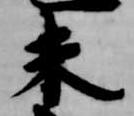
未